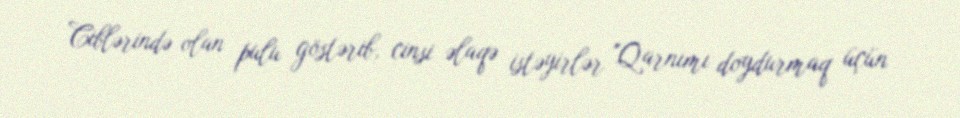
Ciblərində olan pulu göstərib, cinsi əlaqə istəyirlər "Qarnımı doydurmaq üçün